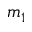
m _ { 1 }